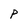
Character: p